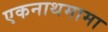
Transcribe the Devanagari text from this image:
एकनाथमामा